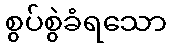
စွပ်စွဲခံရသော